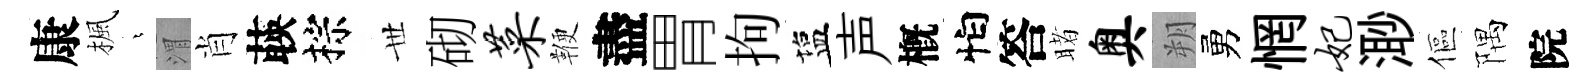
康楓燁渭肖𦴤棕𠀍砌菜鞭盡胃拘塩声槪怕答睹奥朔勇惘妃𣺌傴隅院